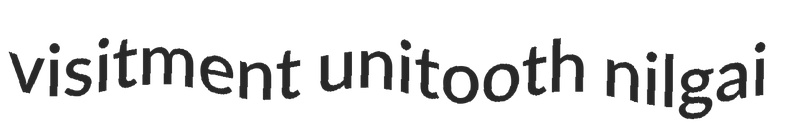
visitment unitooth nilgai